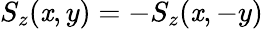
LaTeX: S_{z}(\mathit{x},y)=-S_{z}(\mathit{x},-y)